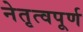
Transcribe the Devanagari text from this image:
नेतृत्वपूर्ण